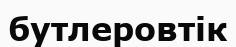
бутлеровтік